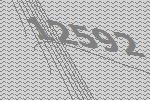
12592